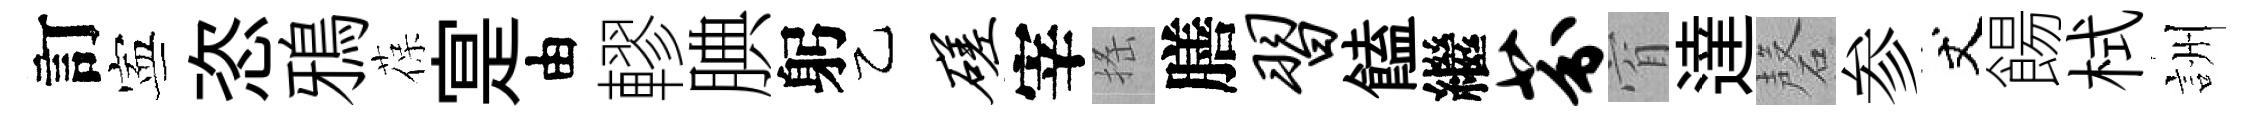
訂寕恣鴉葆寔由轇腆躬乙磋宰搖膳习饁繼芬窅達磬参丈餳栻詶